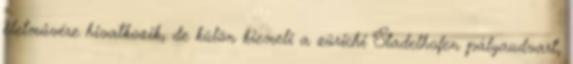
életművére hivatkozik, de külön kiemeli a zürichi Stadelhofen pályaudvart,